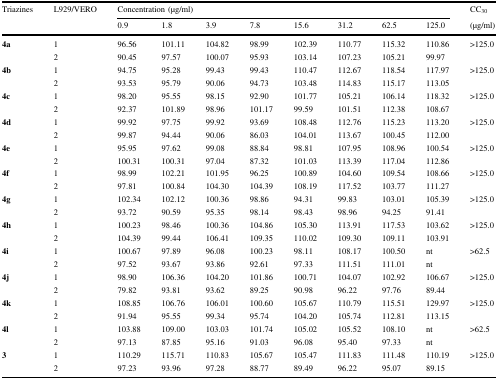
<table><thead><tr><td rowspan="2"><b>Triazines</b></td><td rowspan="2"><b>L929/VERO</b></td><td colspan="8"><b>Concentration (μg/ml)</b></td><td><b>CC<sub>30</sub></b></td></tr><tr><td><b>0.9</b></td><td><b>1.8</b></td><td><b>3.9</b></td><td><b>7.8</b></td><td><b>15.6</b></td><td><b>31.2</b></td><td><b>62.5</b></td><td><b>125.0</b></td><td><b>(μg/ml)</b></td></tr></thead><tbody><tr><td rowspan="2"><b>4a</b></td><td>1</td><td>96.56</td><td>101.11</td><td>104.82</td><td>98.99</td><td>102.39</td><td>110.77</td><td>115.32</td><td>110.86</td><td rowspan="2">&gt;125.0</td></tr><tr><td>2</td><td>90.45</td><td>97.57</td><td>100.07</td><td>95.93</td><td>103.14</td><td>107.23</td><td>105.21</td><td>99.97</td></tr><tr><td rowspan="2"><b>4b</b></td><td>1</td><td>94.75</td><td>95.28</td><td>99.43</td><td>99.43</td><td>110.47</td><td>112.67</td><td>118.54</td><td>117.97</td><td rowspan="2">&gt;125.0</td></tr><tr><td>2</td><td>93.53</td><td>95.79</td><td>90.06</td><td>94.73</td><td>103.48</td><td>114.83</td><td>115.17</td><td>113.05</td></tr><tr><td rowspan="2"><b>4c</b></td><td>1</td><td>98.20</td><td>95.55</td><td>98.15</td><td>92.90</td><td>101.77</td><td>105.21</td><td>106.14</td><td>118.32</td><td rowspan="2">&gt;125.0</td></tr><tr><td>2</td><td>92.37</td><td>101.89</td><td>98.96</td><td>101.17</td><td>99.59</td><td>101.51</td><td>112.38</td><td>108.67</td></tr><tr><td rowspan="2"><b>4d</b></td><td>1</td><td>99.92</td><td>97.75</td><td>99.92</td><td>93.69</td><td>108.48</td><td>112.76</td><td>115.23</td><td>113.20</td><td rowspan="2">&gt;125.0</td></tr><tr><td>2</td><td>99.87</td><td>94.44</td><td>90.06</td><td>86.03</td><td>104.01</td><td>113.67</td><td>100.45</td><td>112.00</td></tr><tr><td rowspan="2"><b>4e</b></td><td>1</td><td>95.95</td><td>97.62</td><td>99.08</td><td>88.84</td><td>98.81</td><td>107.95</td><td>108.96</td><td>100.54</td><td rowspan="2">&gt;125.0</td></tr><tr><td>2</td><td>100.31</td><td>100.31</td><td>97.04</td><td>87.32</td><td>101.03</td><td>113.39</td><td>117.04</td><td>112.86</td></tr><tr><td rowspan="2"><b>4f</b></td><td>1</td><td>98.99</td><td>102.21</td><td>101.95</td><td>96.25</td><td>100.89</td><td>104.60</td><td>109.54</td><td>108.66</td><td rowspan="2">&gt;125.0</td></tr><tr><td>2</td><td>97.81</td><td>100.84</td><td>104.30</td><td>104.39</td><td>108.19</td><td>117.52</td><td>103.77</td><td>111.27</td></tr><tr><td rowspan="2"><b>4g</b></td><td>1</td><td>102.34</td><td>102.12</td><td>100.36</td><td>98.86</td><td>94.31</td><td>99.83</td><td>103.01</td><td>105.39</td><td rowspan="2">&gt;125.0</td></tr><tr><td>2</td><td>93.72</td><td>90.59</td><td>95.35</td><td>98.14</td><td>98.43</td><td>98.96</td><td>94.25</td><td>91.41</td></tr><tr><td rowspan="2"><b>4h</b></td><td>1</td><td>100.23</td><td>98.46</td><td>100.36</td><td>104.86</td><td>105.30</td><td>113.91</td><td>117.53</td><td>103.62</td><td rowspan="2">&gt;125.0</td></tr><tr><td>2</td><td>104.39</td><td>99.44</td><td>106.41</td><td>109.35</td><td>110.02</td><td>109.30</td><td>109.11</td><td>103.91</td></tr><tr><td rowspan="2"><b>4i</b></td><td>1</td><td>100.67</td><td>97.89</td><td>96.08</td><td>100.23</td><td>98.11</td><td>108.17</td><td>100.50</td><td>nt</td><td rowspan="2">&gt;62.5</td></tr><tr><td>2</td><td>97.52</td><td>93.67</td><td>93.86</td><td>92.61</td><td>97.33</td><td>111.51</td><td>111.01</td><td>nt</td></tr><tr><td rowspan="2"><b>4j</b></td><td>1</td><td>98.90</td><td>106.36</td><td>104.20</td><td>101.86</td><td>100.71</td><td>104.07</td><td>102.92</td><td>106.67</td><td rowspan="2">&gt;125.0</td></tr><tr><td>2</td><td>79.82</td><td>93.81</td><td>93.62</td><td>89.25</td><td>90.98</td><td>96.22</td><td>97.76</td><td>89.44</td></tr><tr><td rowspan="2"><b>4k</b></td><td>1</td><td>108.85</td><td>106.76</td><td>106.01</td><td>100.60</td><td>105.67</td><td>110.79</td><td>115.51</td><td>129.97</td><td rowspan="2">&gt;125.0</td></tr><tr><td>2</td><td>91.94</td><td>95.55</td><td>99.34</td><td>95.74</td><td>104.20</td><td>105.74</td><td>112.81</td><td>113.15</td></tr><tr><td rowspan="2"><b>4l</b></td><td>1</td><td>103.88</td><td>109.00</td><td>103.03</td><td>101.74</td><td>105.02</td><td>105.52</td><td>108.10</td><td>nt</td><td rowspan="2">&gt;62.5</td></tr><tr><td>2</td><td>97.13</td><td>87.85</td><td>95.16</td><td>91.03</td><td>96.08</td><td>95.40</td><td>97.33</td><td>nt</td></tr><tr><td rowspan="2"><b>3</b></td><td>1</td><td>110.29</td><td>115.71</td><td>110.83</td><td>105.67</td><td>105.47</td><td>111.83</td><td>111.48</td><td>110.19</td><td rowspan="2">&gt;125.0</td></tr><tr><td>2</td><td>97.23</td><td>93.96</td><td>97.28</td><td>88.77</td><td>89.49</td><td>96.22</td><td>95.07</td><td>89.15</td></tr></tbody></table>